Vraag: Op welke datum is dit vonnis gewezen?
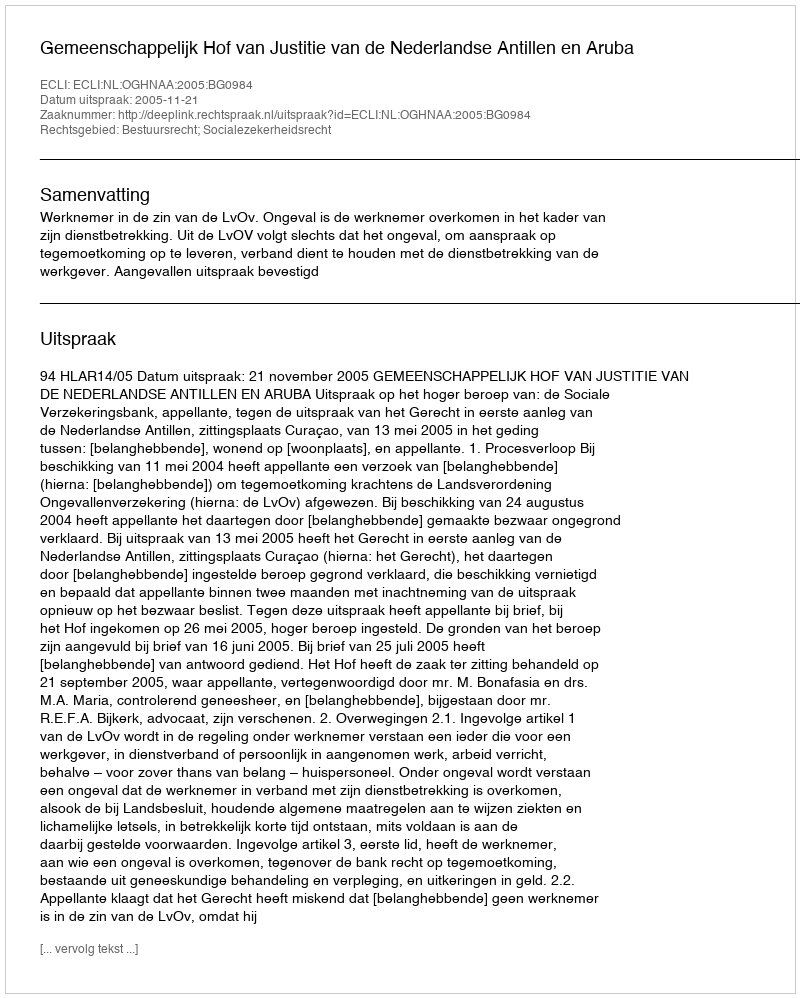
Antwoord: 2005-11-21